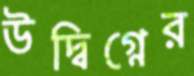
উদ্বিগ্নের